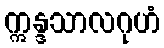
ဣန္ဒသာလဂုဟံ